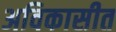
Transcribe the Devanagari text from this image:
अविकासीत